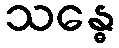
သန္ဓေ